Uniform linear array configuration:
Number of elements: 24
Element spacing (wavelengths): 1
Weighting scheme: hamming
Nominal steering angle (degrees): -45
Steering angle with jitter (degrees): -44.776
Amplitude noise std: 0.05
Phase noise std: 0.05

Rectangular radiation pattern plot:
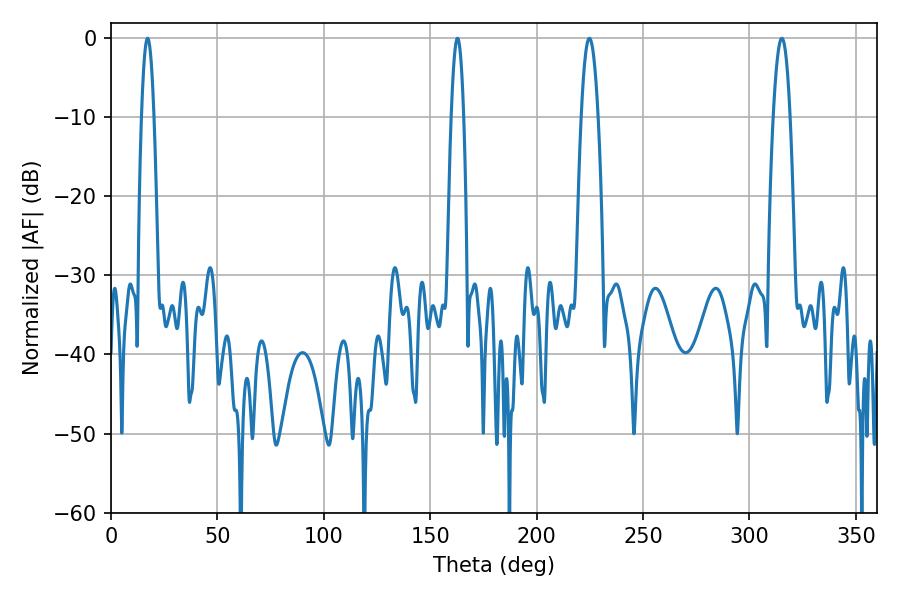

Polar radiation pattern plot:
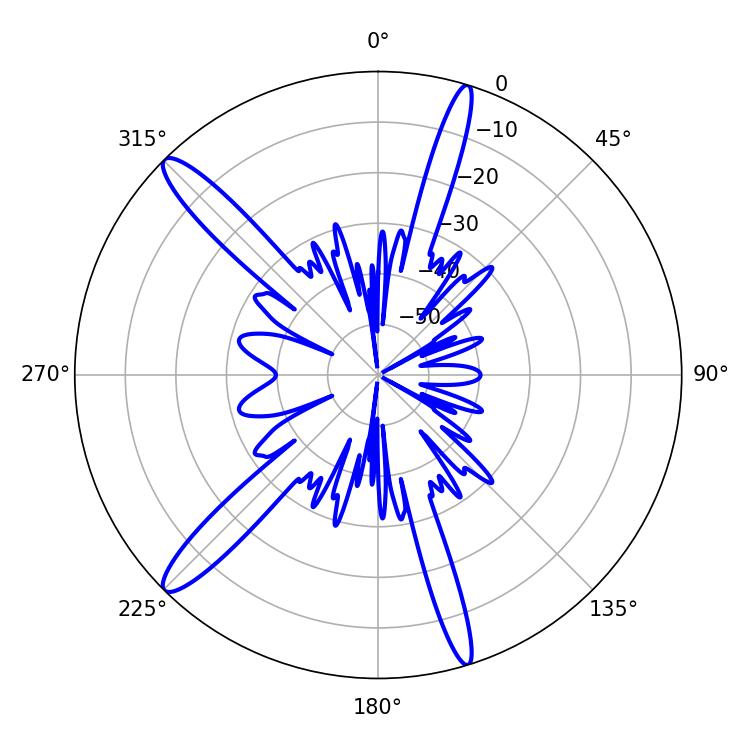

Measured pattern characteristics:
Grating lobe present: TRUE
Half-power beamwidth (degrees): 4.32
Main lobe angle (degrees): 315.18